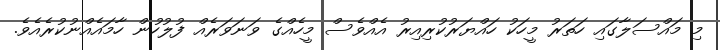
މި މައްސަލާގައި ހަތަރު މީހަކު ހައްޔަރުކުރިއިރު އެއްވެސް މީހެއްގެ ވަނަވަރެއް ފުލުހުން ހާމައެއްނުކުރެއެވެ.